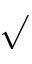
\surd